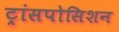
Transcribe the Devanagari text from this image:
ट्रांसपोसिशन